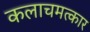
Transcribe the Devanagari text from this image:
कलाचमत्कार